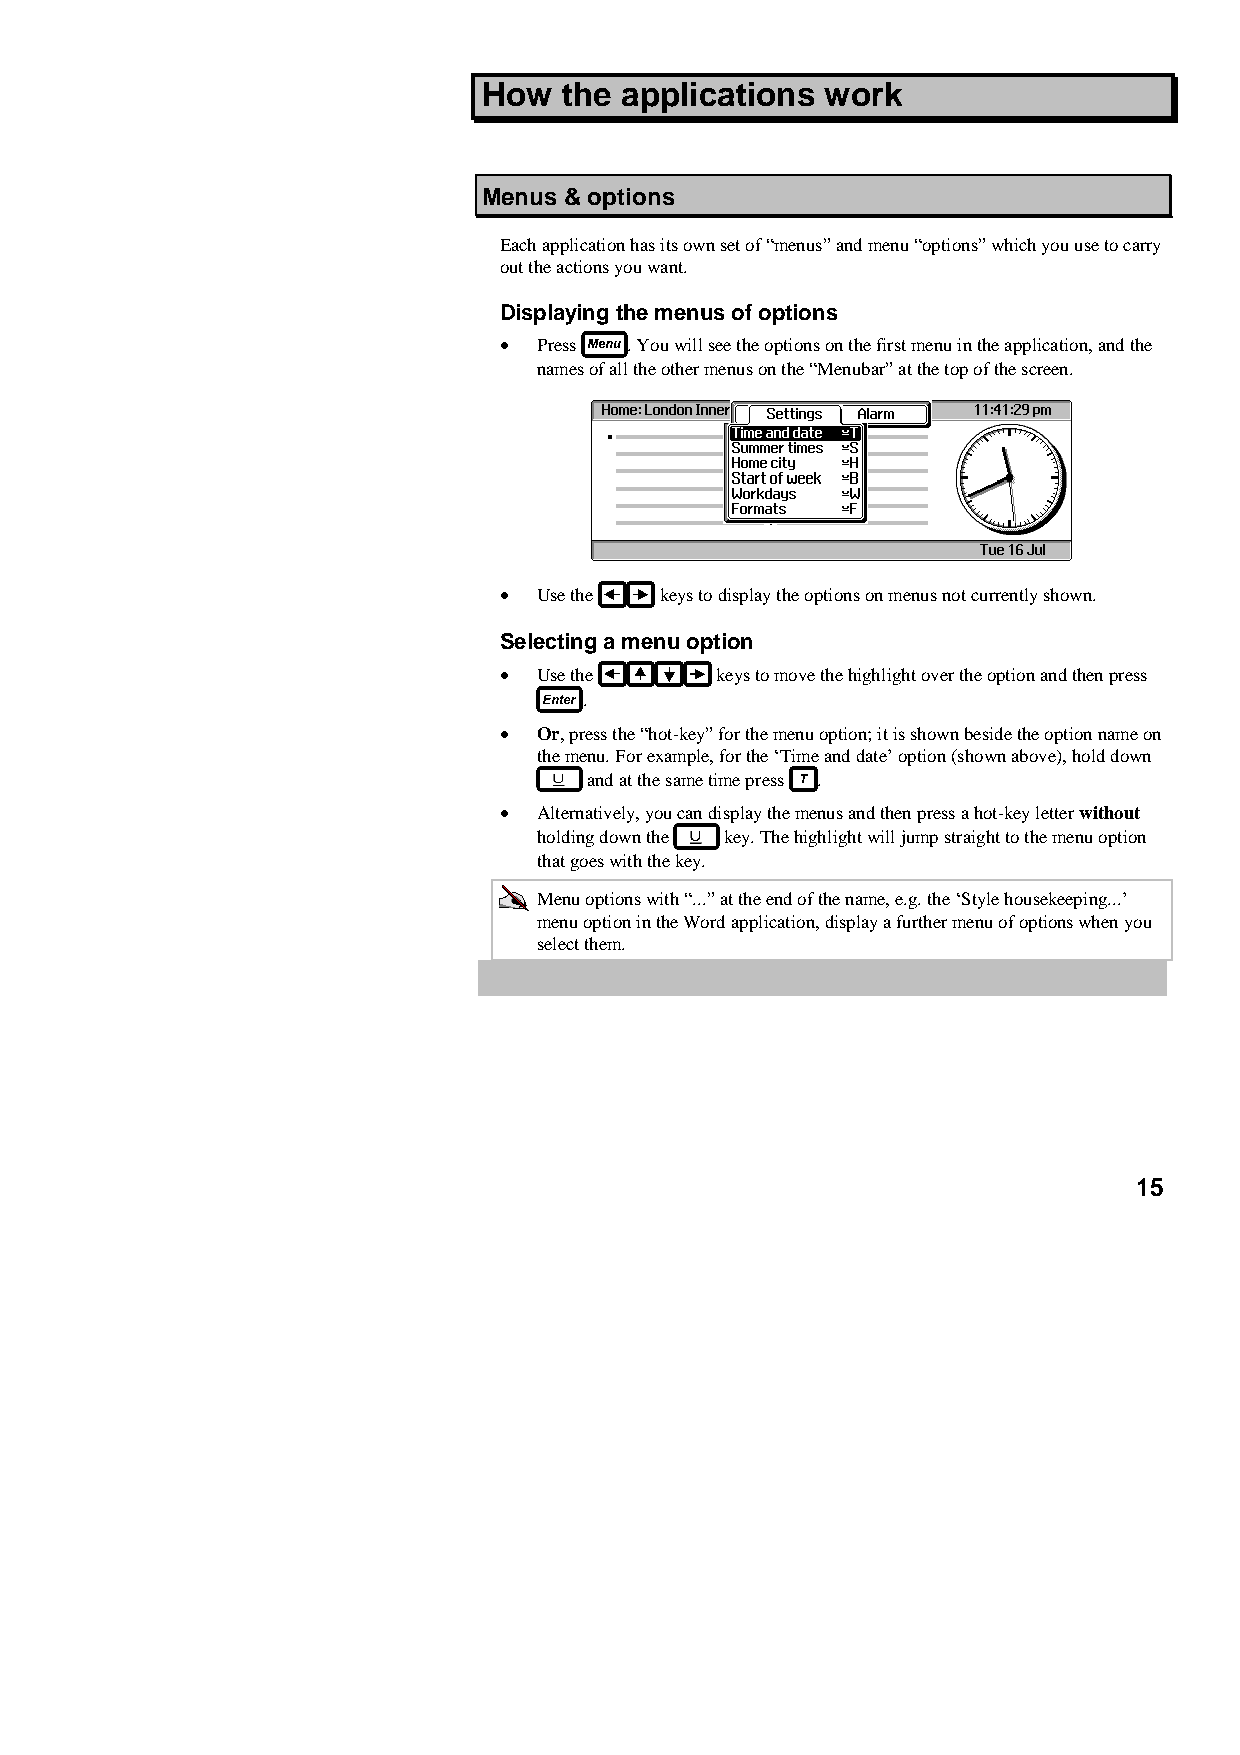
How  the applications  work
 Menus & options
 Each application has its own set of “menus” and menu “options” which you use to carry
 out the actions you want.
 Displaying the menus of options
 •  Press . You will see the options on the first menu in the application, and the
 names of all the other menus on the “Menubar” at the top of the screen.
 •  Use the keys to display the options on menus not currently shown.
 Selecting a menu option
 •  Use the    keys to move the highlight over the option and then press
 .
 •  Or, press the “hot-key” for the menu option; it is shown beside the option name on
 the menu. For example, for the ‘Time and date’ option (shown above), hold down
 and at the same time press .
 •  Alternatively, you can display the menus and then press a hot-key letter without
 holding down the key. The highlight will jump straight to the menu option
 that goes with the key.
 Menu options with “...” at the end of the name, e.g. the ‘Style housekeeping...’
 menu option in the Word application, display a further menu of options when you
 select them.
 15